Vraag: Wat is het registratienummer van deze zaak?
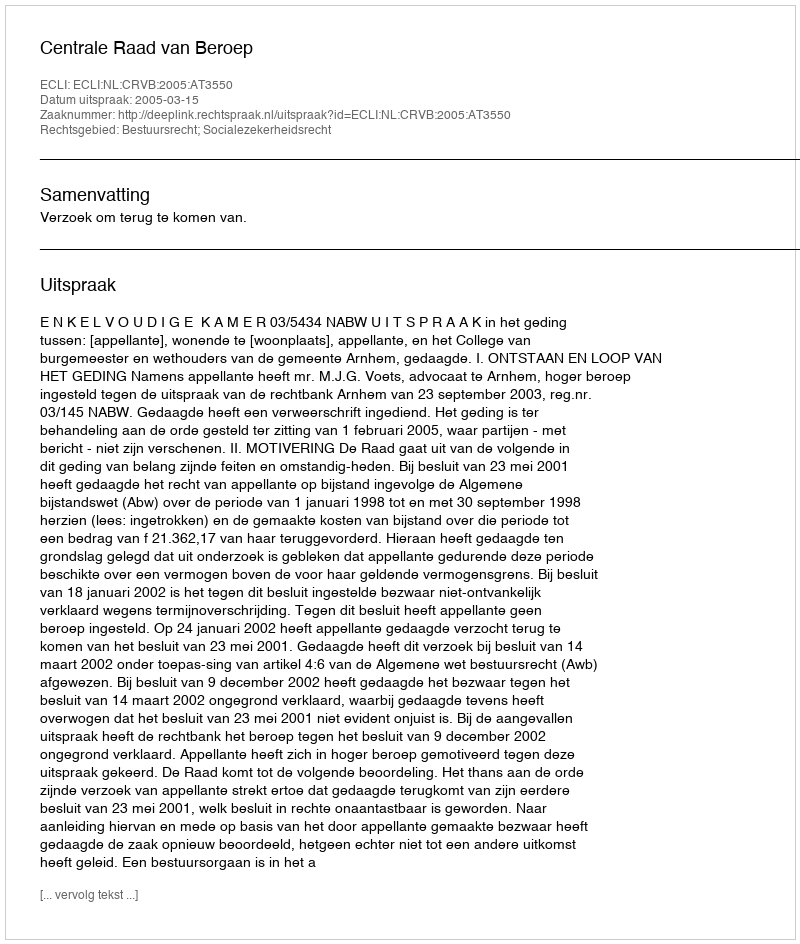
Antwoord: http://deeplink.rechtspraak.nl/uitspraak?id=ECLI:NL:CRVB:2005:AT3550